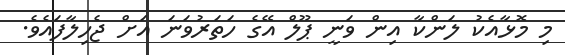
މި މޮޅާއެކު ލަންކާ އިން ވަނީ ޕޫލް އޭގެ ހަތަރުވަނަ އަށް ޖެހިލާފައެވެ.